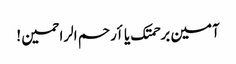
آمین برحمتک یا أرحم الراحمین !